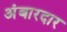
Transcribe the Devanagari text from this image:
अंबारदार